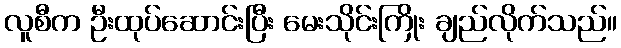
လူစီက ဦးထုပ်ဆောင်းပြီး မေးသိုင်းကြိုး ချည်လိုက်သည်။